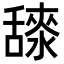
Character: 𦧳